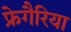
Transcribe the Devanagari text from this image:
फ्रेगैरिया